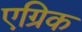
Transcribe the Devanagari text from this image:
एग्रिक